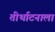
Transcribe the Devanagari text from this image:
तीर्थाटनाला